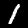
Digit: 1